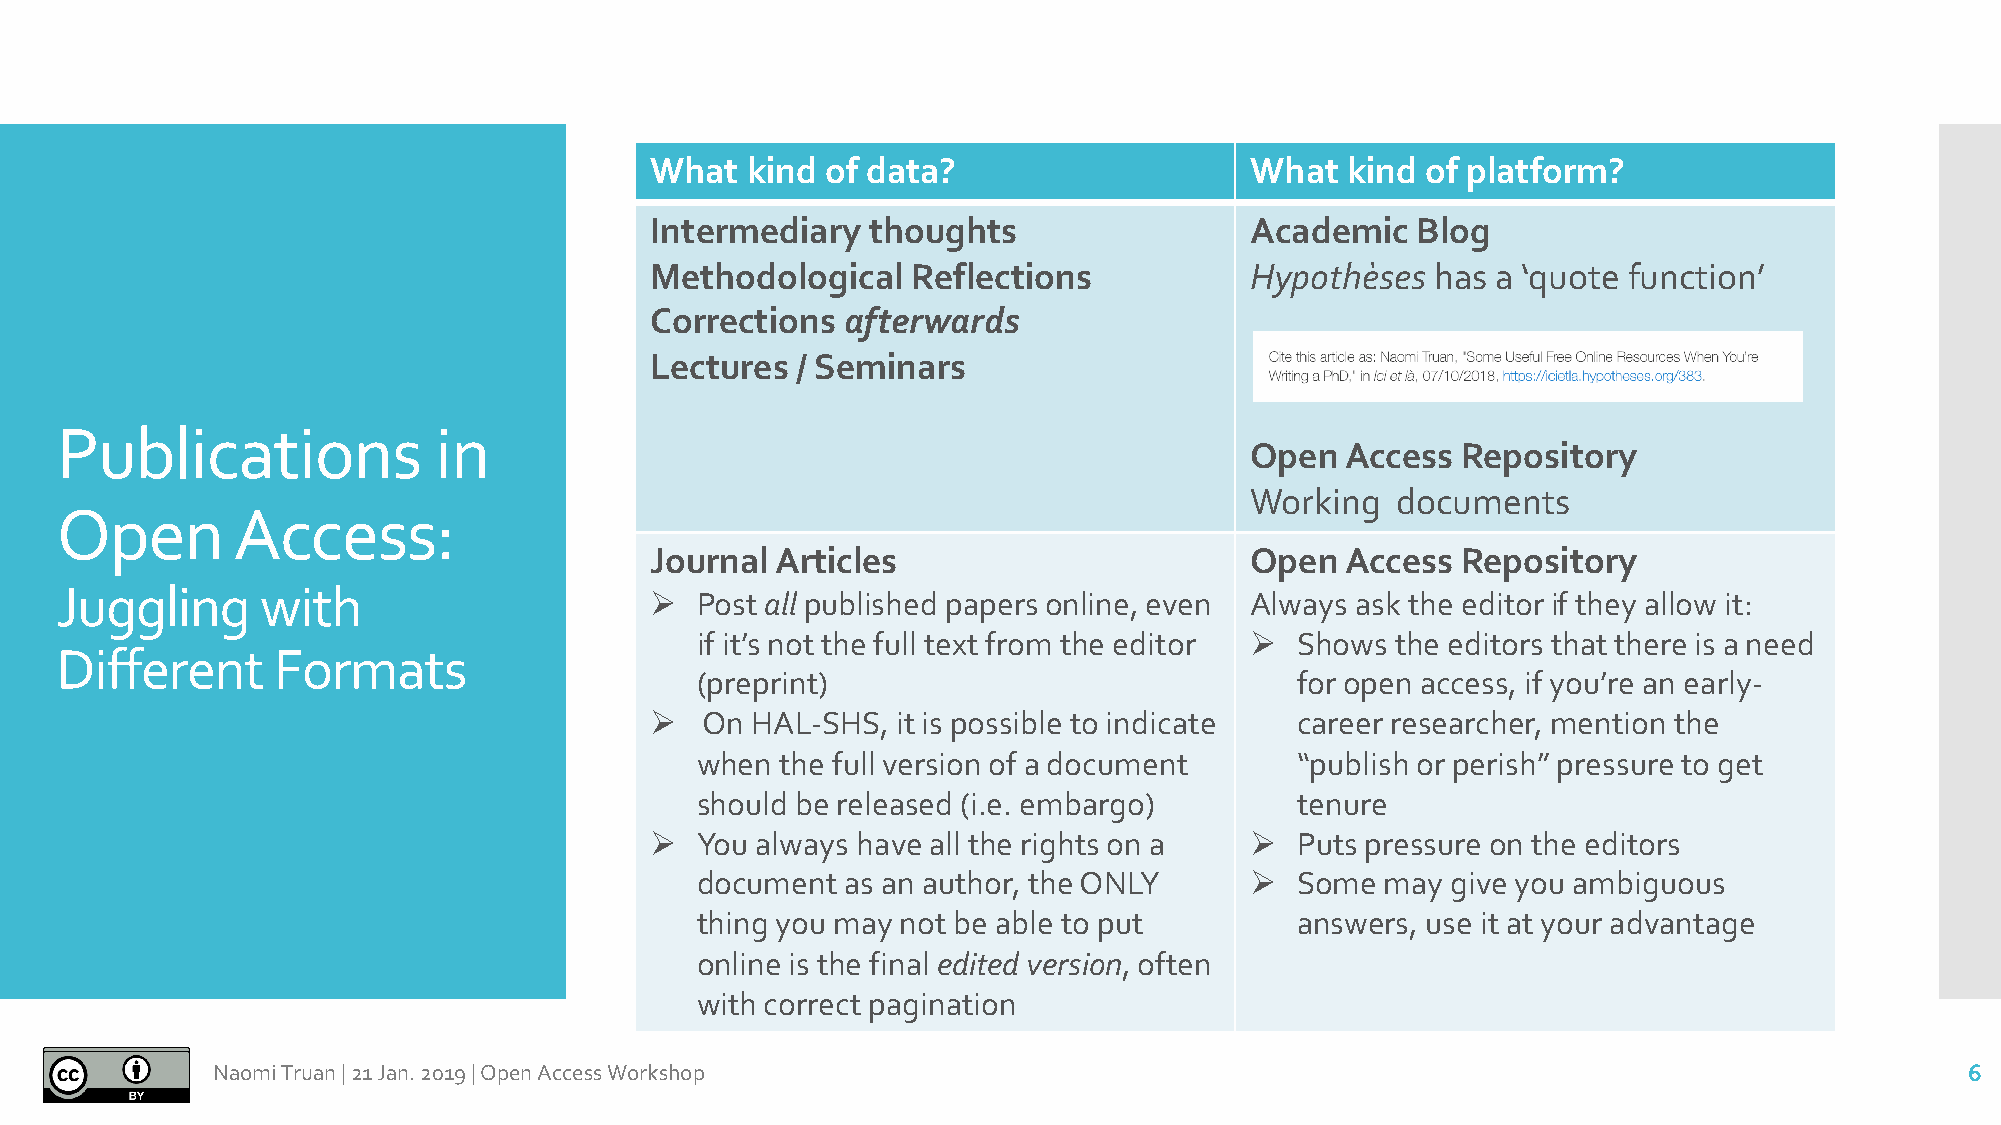
What  kind  of data?                    What  kind of platform?
 Intermediary  thoughts                  Academic   Blog
 Methodological   Reflections            Hypothèses  has a ‘quote function’
 Corrections  afterwards
 Lectures  / Seminars
 Publications             in
 OpenAccess    Repository
 Working  documents
 Open       Access:
 JournalArticles                         OpenAccess    Repository
 Juggling     with                      Ø  Post all published papers online, even Always ask the editor if they allow it:
 if it’s not the full text from the editor Ø Shows the editors that there is a need
 Different     Formats
 (preprint)                              for open access, if you’re an early-
 Ø  On  HAL-SHS, it is possible to indicate career researcher, mention the
 when  the full version of a document    “publish or perish” pressure to get
 should be released (i.e. embargo)       tenure
 Ø  You always have all the rights on a  Ø  Puts pressure on the editors
 document  as an author, the ONLY     Ø  Some  may give you ambiguous
 thing you may not be able to put        answers, use it at your advantage
 online is the final edited version, often
 with correct pagination
 Naomi Truan |21 Jan. 2019 |Open Access Workshop                                                                     6